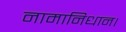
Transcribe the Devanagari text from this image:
नामानिधान।